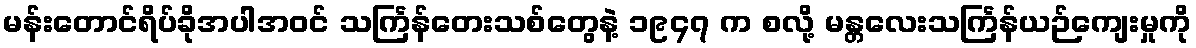
မန်းတောင်ရိပ်ခိုအပါအဝင် သင်္ကြန်တေးသစ်တွေနဲ့ ၁၉၄၇ က စလို့ မန္တလေးသင်္ကြန်ယဉ်ကျေးမှုကို